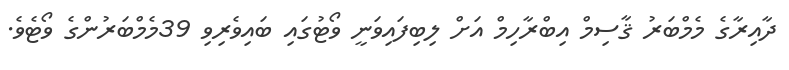
ދާއިރާގެ މެމްބަރު ޤާސިމް އިބްރާހިމް އަށް ލިބިފައިވަނީ ވޯޓުގައި ބައިވެރިވި 39މެމްބަރުންގެ ވޯޓެވެ.